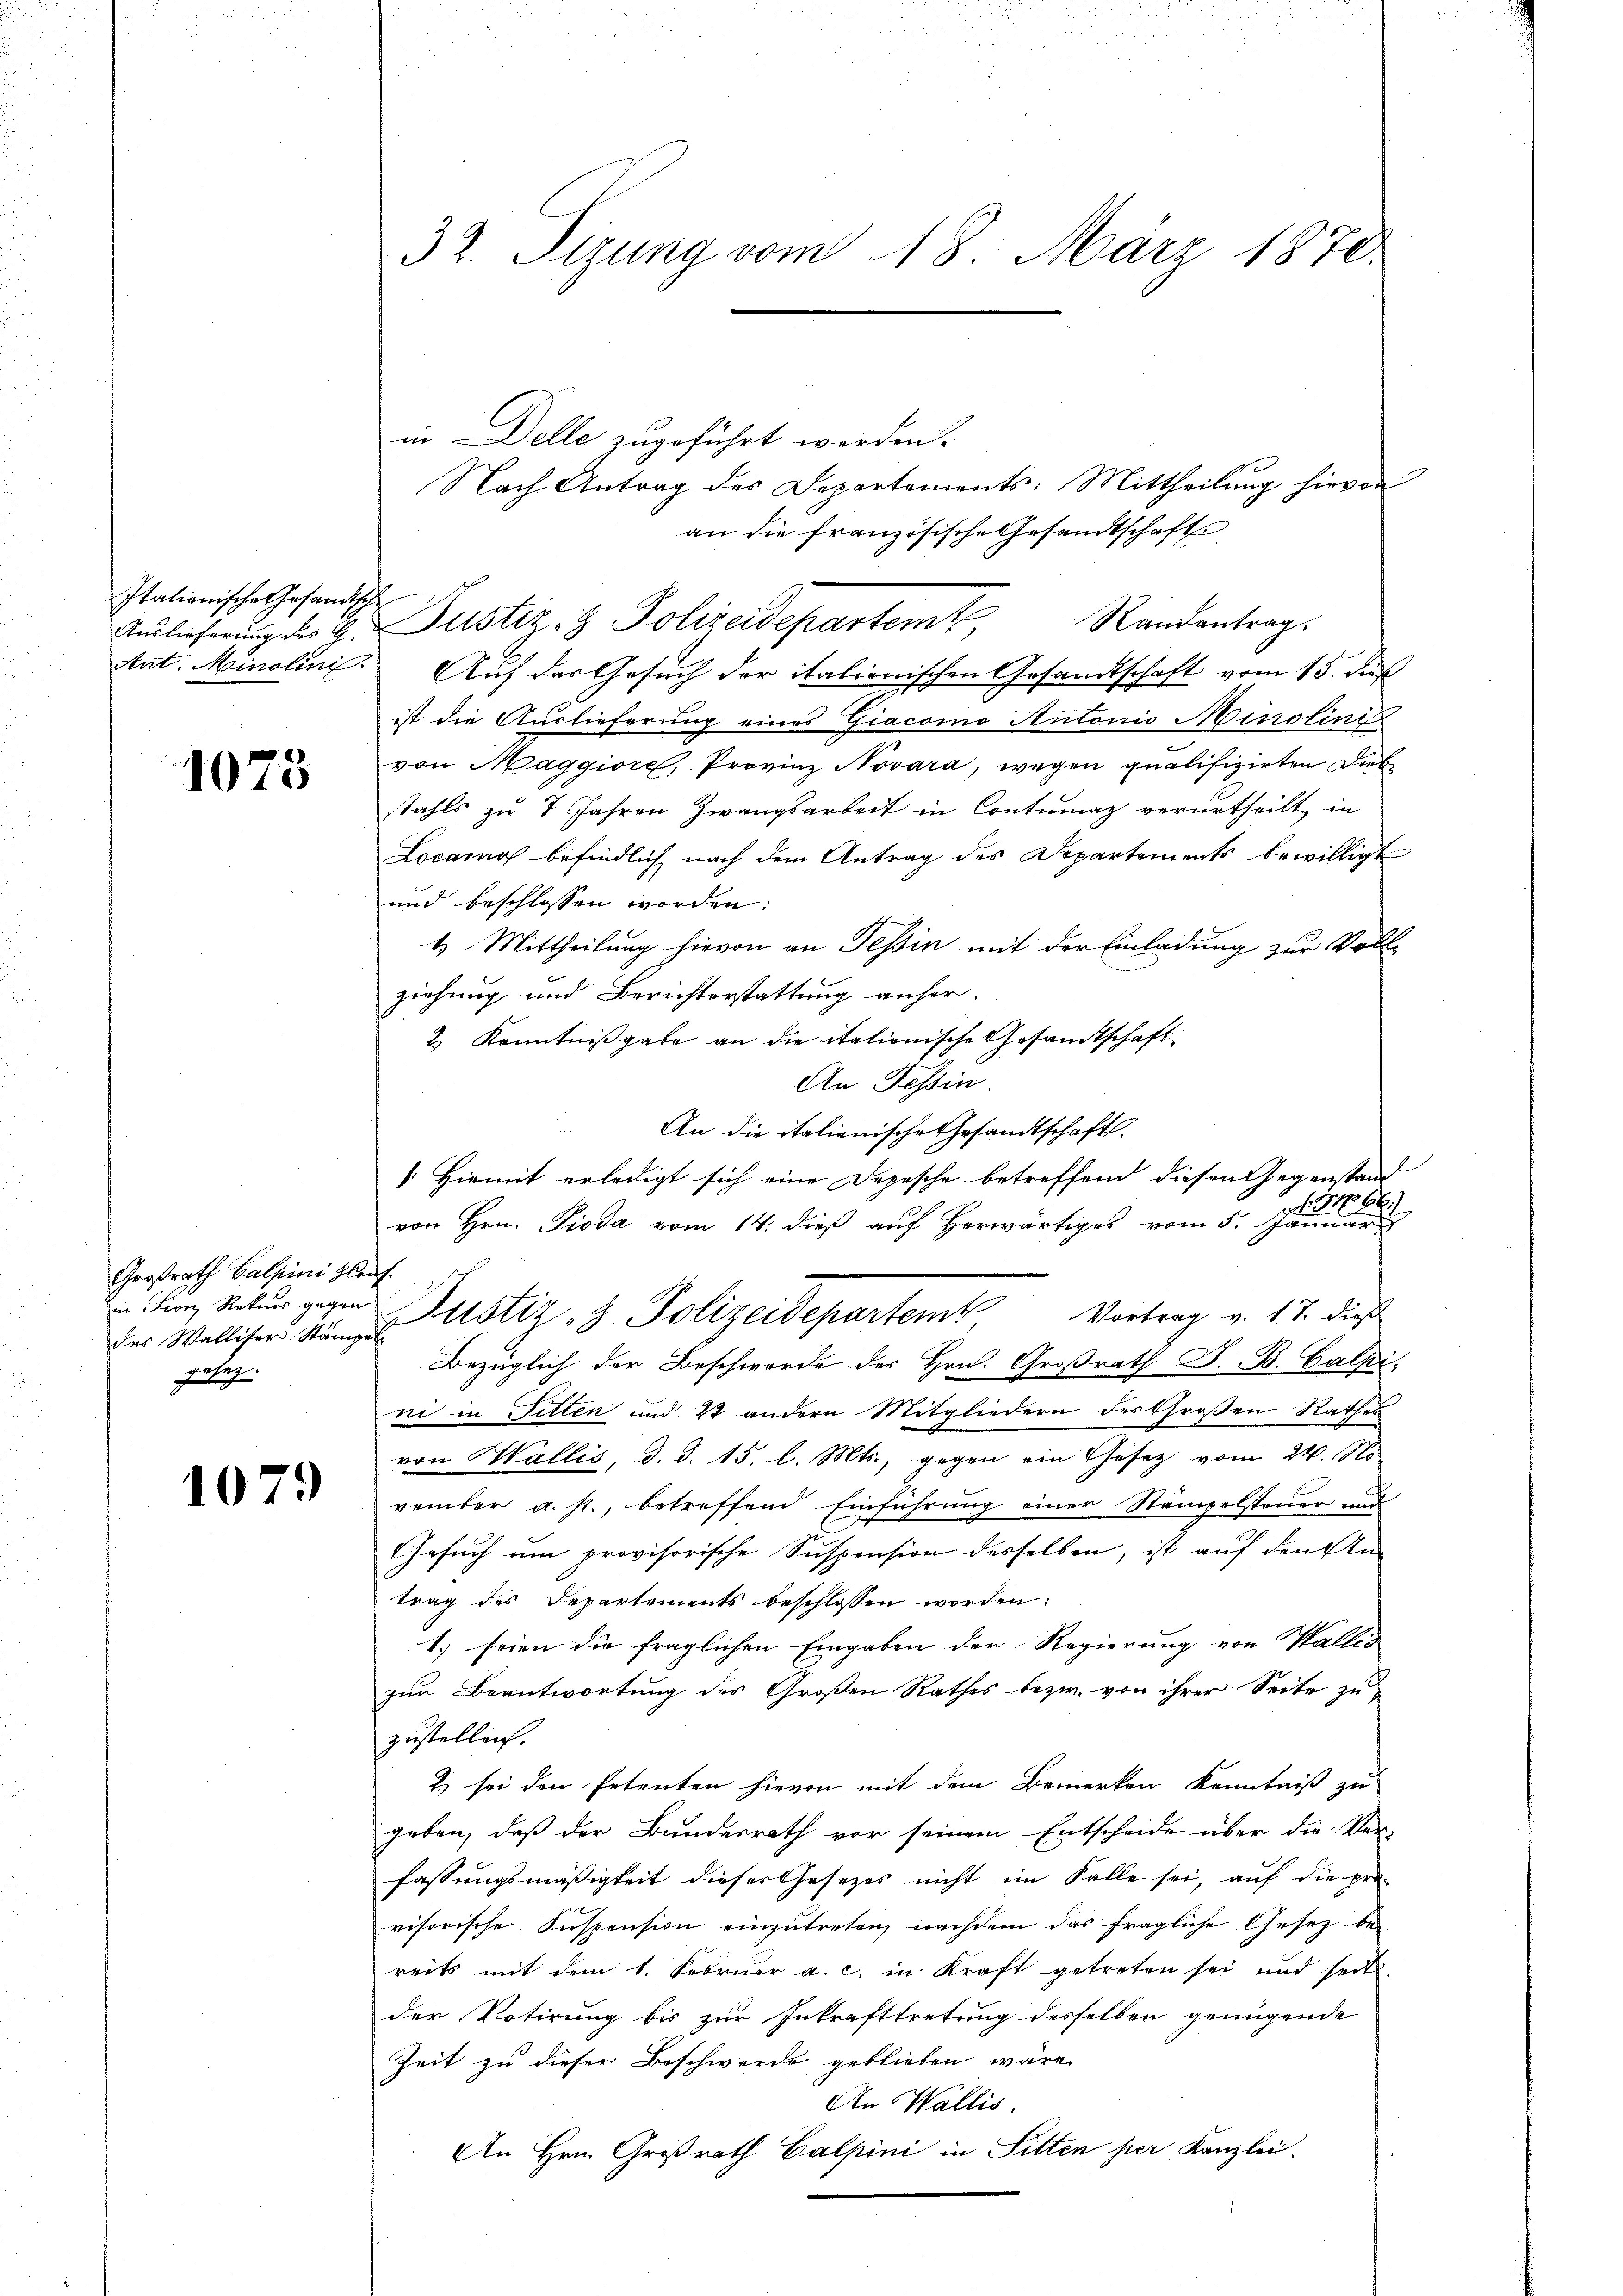
Italionische Gesandische
Auslieferung des G.
Ant. Minolini

1073

Großrath Calpini Glo
das Walliser Stämp
gesez

1079

32. Sizung vom 18. März 1870.

in Delle zugeführt worden.
Nach Antrag des Departements: Mittheilung hievon
an die französische Gesandtschafte
Randantrag.
Auf das Gesuch der italienischen Gesandtschaft vom 15. dieß
ist die Auslieferung eines Giacomo Antonio Minolini
von Maggiore, Provinz Novara, wegen qualifizirten Diebstahls zu 7 Jahren Zwangsarbeit in Contumaz verurtheilt, in
Locarno befindlich nach dem Antrag des Departements bewilligt
und beschlossen worden:
1) Mittheilung hievon an Tessin mit der Einladung zur Voll-
ziehung und Berichterstattung anher-
2.) Kenntnißgabe an die italionische Gesandtschaft
An Tessin.
An die italienische Gesandtschaft.
[Hiemit erledigt sich eine Depesche betreffend diesen Gegenstand
von Hrn. Pioda vom 14. dieß auf herwärtiges vom 5. Januar
.
et
Bezüglich der Beschwerde des Hrn. Großrath G. B. Calpi.
ni in Sitten und 22 andern Mitgliedern der Großen Rathes
von Wallis, d. d. 15. l. Mts., gegen ein Gesetz vom 24. No
vember a. p., betreffend Einführung einer Stämpelsteuer und
Gesuch um provisorische Suspension desselben, ist auf den An
trag des Departements beschlossen worden:
1.) seien die fraglichen Eingaben der Regierung von Wallis
zur Beantwortung des Großen Rathes bezw. von ihrer Seite zu
zustellen.
2) sei den Petenten hievon mit dem Bemerken Kenntniß zu
geben, daß der Bundesrath vor seinem Entscheide über die Ver-
fassungsmäßigkeit dieses Gesezes nicht im Falle sei, auf die pro-
visorische Suspension einzutreten, nachdem das fragliche Gesetz be-
reits mit dem 1. Februar a. c. in Kraft getreten sei und seit
der Votirung bis zur Inkrafttretung desselben genügende
Zeit zu dieser Beschwerde geblieben wäre,
An Wallis.
An Hrn. Großrath Galpini in Sitten per Kanzlei.

Fur Natur gegen Pustiz & Polizeidepartemt, Vortrag v. 17. dieß

Justiz- & Polizeidepartemt,

. 1466.